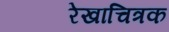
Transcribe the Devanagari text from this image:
रेखाचित्रक